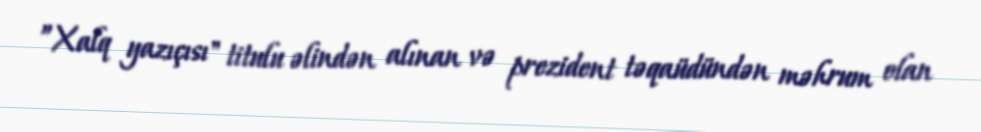
”Xalq yazıçısı" titulu əlindən alınan və prezident təqaüdündən məhrum olan